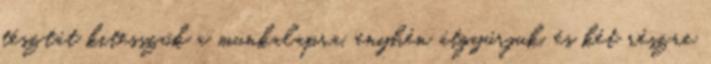
tésztát kitesszük a munkalapra, enyhén átgyúrjuk, és két részre